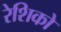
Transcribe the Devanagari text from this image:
रेशिको